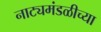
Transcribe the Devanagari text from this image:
नाट्यमंडळीच्या